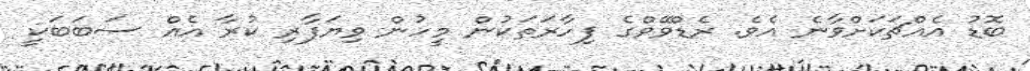
ބޮޑު އެއްޗަކަށްވާނެ އެވެ. ރެޑްވޭވްގެ ފިހާރަތަކުން މީހުން ވިޔަފާރި ކުރާ އެއް ސަބަބަކީ